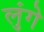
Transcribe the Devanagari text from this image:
लुंगे